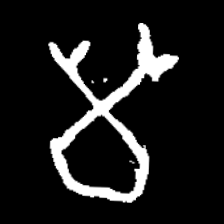
Pyu character \u2014 Myanmar letter: မ (romanized: ma)